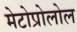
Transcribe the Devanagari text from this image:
मेटोप्रोलोल